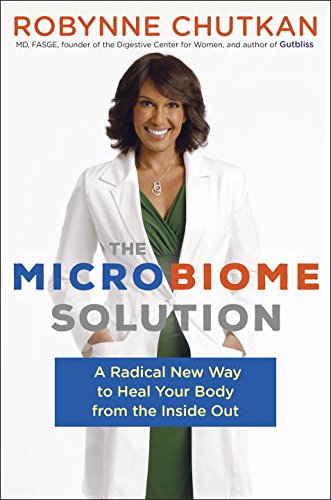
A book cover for The Microbiome Solution: A Radical New Way to Heal Your Body from the Inside Out; Dr. Robynne Chutkan M.D.; Medical Books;